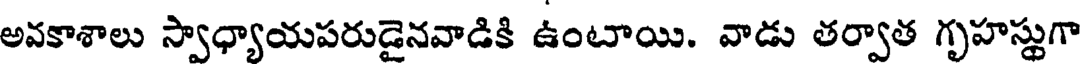
అవకాశాలు స్వాధ్యాయపరుడైనవాడికి ఉంటాయి. వాడు తర్వాత గృహస్థుగా